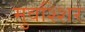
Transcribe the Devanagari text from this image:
मुवश्शिर